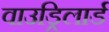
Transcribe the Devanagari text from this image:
वाउड्रिलार्ड